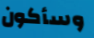
وسأكون